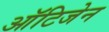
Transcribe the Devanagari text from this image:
ऑटिजेन